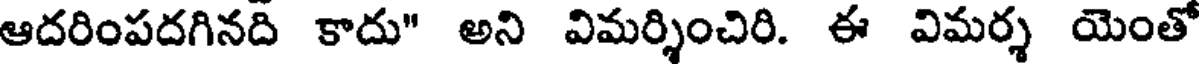
ఆదరింపదగినది కాదు" అని విమర్శించిరి. ఈ విమర్శ యెంతో